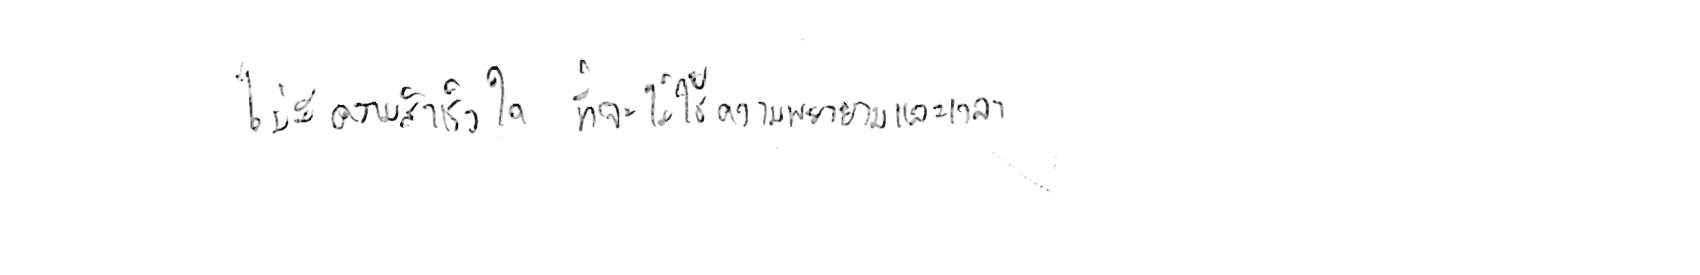
ไม่มีความสำเร็จใด ที่จะไม่ใช้ความพยายามและเวลา